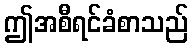
ဤအစီရင်ခံစာသည်